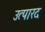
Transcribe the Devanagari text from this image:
उत्पारद